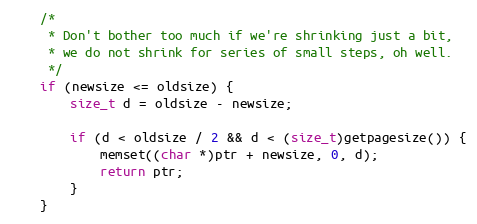
Language: C
	/*
	 * Don't bother too much if we're shrinking just a bit,
	 * we do not shrink for series of small steps, oh well.
	 */
	if (newsize <= oldsize) {
		size_t d = oldsize - newsize;

		if (d < oldsize / 2 && d < (size_t)getpagesize()) {
			memset((char *)ptr + newsize, 0, d);
			return ptr;
		}
	}